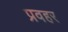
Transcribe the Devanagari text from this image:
प्रवहर